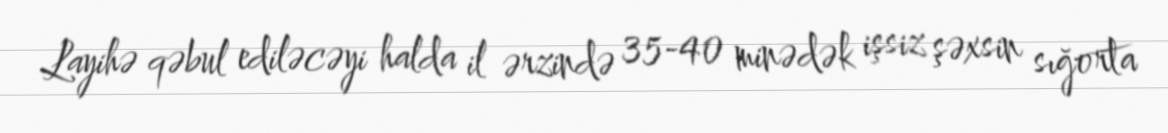
Layihə qəbul ediləcəyi halda il ərzində 35-40 minədək işsiz şəxsin sığorta